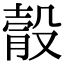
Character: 䐨